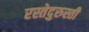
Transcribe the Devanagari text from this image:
रस्तेदुरुस्ती